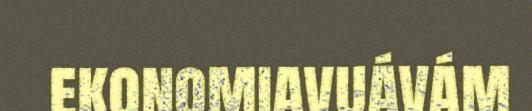
ekonomiavuávám